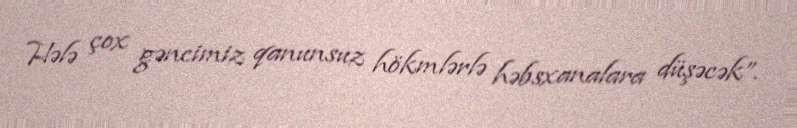
Hələ çox gəncimiz qanunsuz hökmlərlə həbsxanalara düşəcək”.